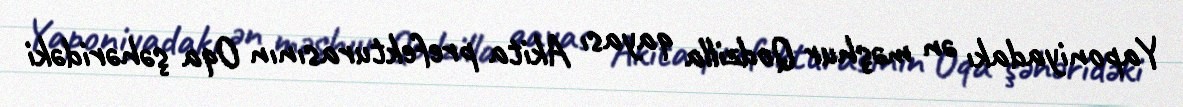
Yaponiyadakı ən məşhur Qodzilla qayası Akita prefekturasının Oqa şəhəridəki